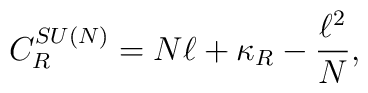
C_R^{SU(N)} = N \ell + \kappa_R -{\ell^2 \over N},